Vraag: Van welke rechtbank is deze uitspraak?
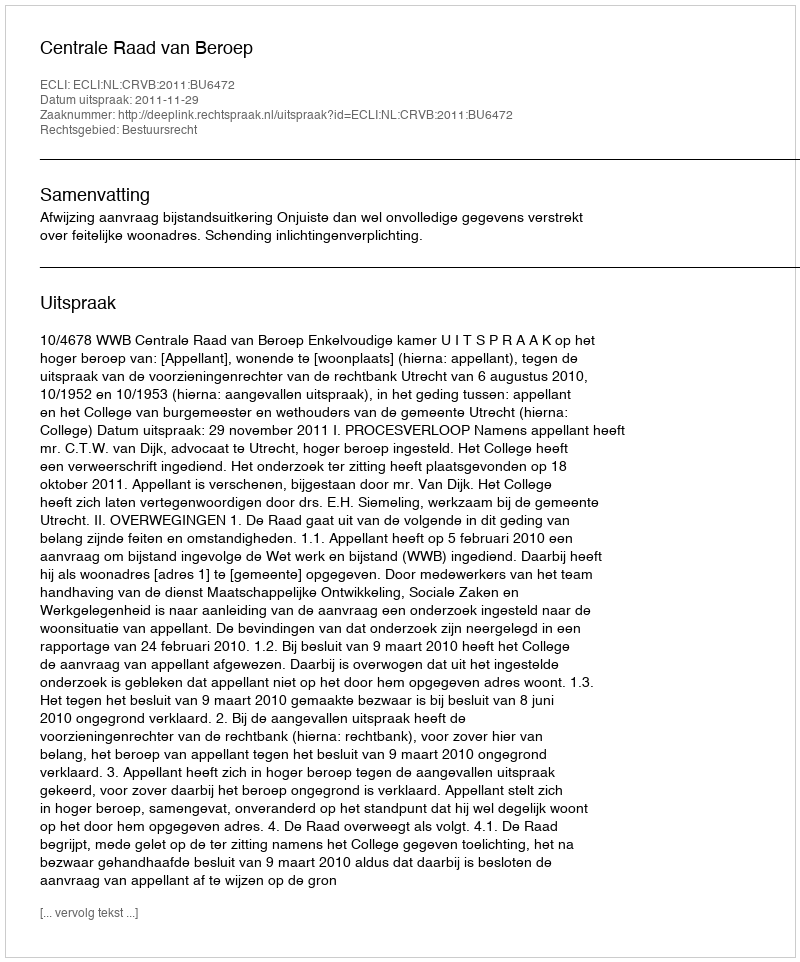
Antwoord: Centrale Raad van Beroep